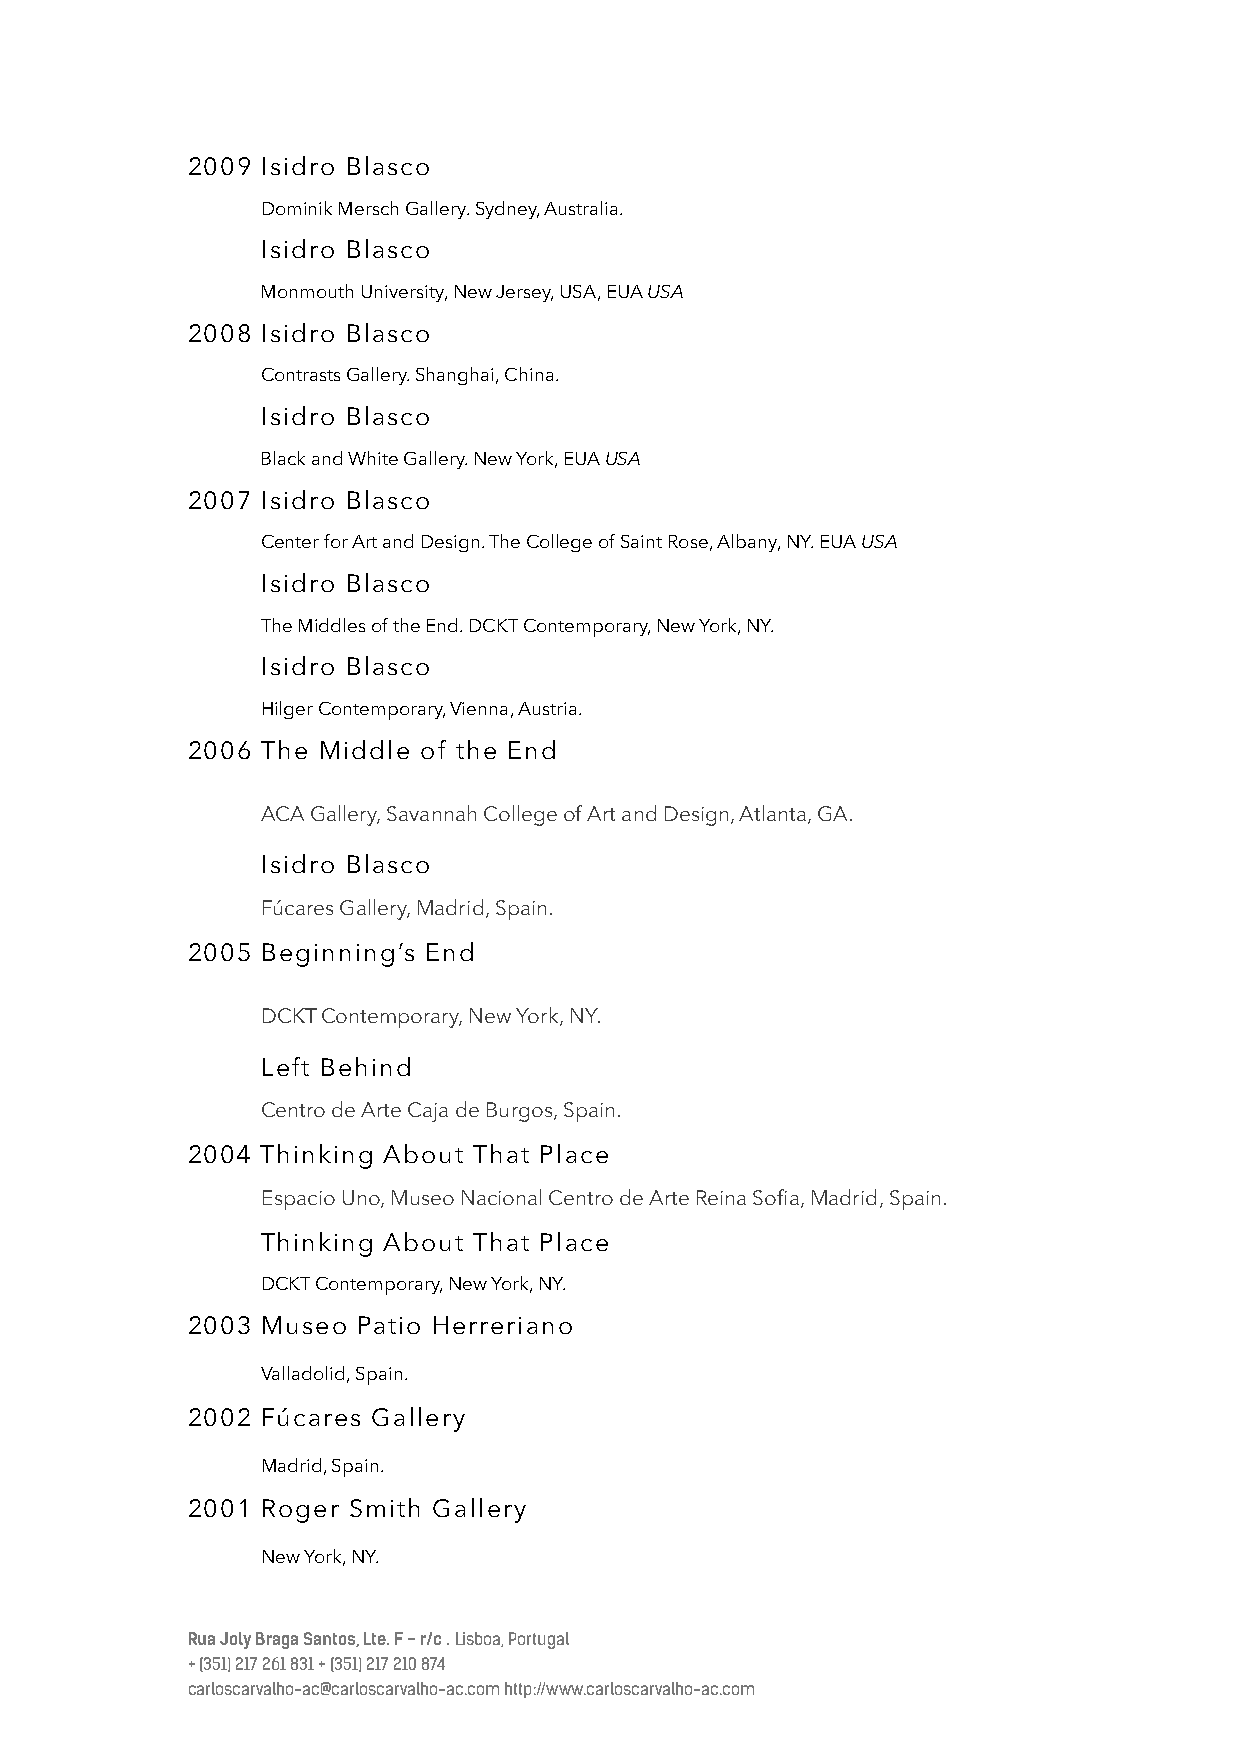
2009 Isidro Blasco
 Dominik Mersch Gallery. Sydney, Australia.
 Isidro Blasco
 Monmouth University, New Jersey, USA, EUA USA
 2008 Isidro Blasco
 Contrasts Gallery. Shanghai, China.
 Isidro Blasco
 Black and White Gallery. New York, EUA USA
 2007 Isidro Blasco
 Center for Art and Design. The College of Saint Rose, Albany, NY. EUA USA
 Isidro Blasco
 The Middles of the End. DCKT Contemporary, New York, NY.
 Isidro Blasco
 Hilger Contemporary, Vienna, Austria.
 2006 The Middle of the End
 ACA Gallery, Savannah College of Art and Design, Atlanta, GA.
 Isidro Blasco
 Fúcares Gallery, Madrid, Spain.
 2005 Beginning’s End
 DCKT Contemporary, New York, NY.
 Left Behind
 Centro de Arte Caja de Burgos, Spain.
 2004 Thinking About That Place
 Espacio Uno, Museo Nacional Centro de Arte Reina Sofia, Madrid, Spain.
 Thinking About That Place
 DCKT Contemporary, New York, NY.
 2003 Museo  Patio Herreriano
 Valladolid, Spain.
 2002 Fúcares Gallery
 Madrid, Spain.
 2001 Roger Smith Gallery
 New York, NY.
 Rua Joly Braga Santos, Lte. F - r/c . Lisboa, Portugal
 + (351) 217 261 831 + (351) 217 210 874
 carloscarvalho-ac@carloscarvalho-ac.com http://www.carloscarvalho-ac.com